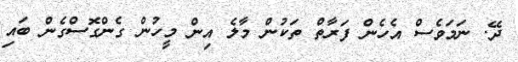
ދޭ. ނަމަވެސް އެހެން ފަރާތް ތަކުން މާލެ އިން މީހުން ގެންގޮސްގެން ބައި